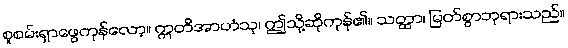
စူစမ်းရှာဖွေကုန်လော့။ ဣတိအာဟံသု၊ ဤသို့ဆိုကုန်၏။ သတ္ထာ၊ မြတ်စွာဘုရားသည်။